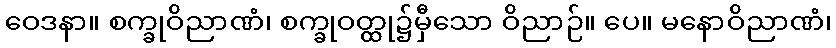
ဝေဒနာ။ စက္ခုဝိညာဏံ၊ စက္ခုဝတ္ထု၌မှီသော ဝိညာဉ်။ ပေ။ မနောဝိညာဏံ၊